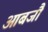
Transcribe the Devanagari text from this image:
आबजौ